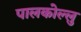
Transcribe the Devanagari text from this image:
पालकोल्लु